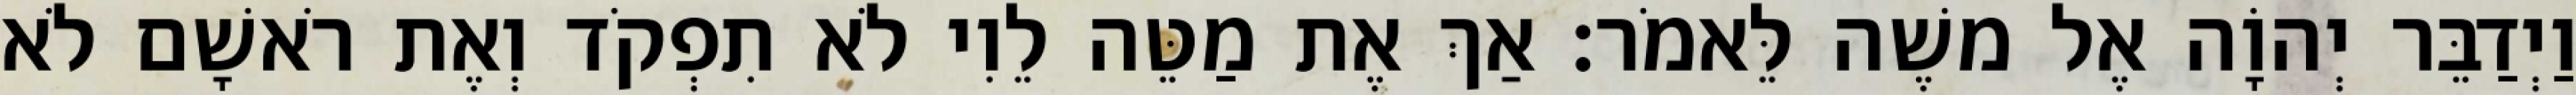
וַיְדַבֵּר יְהוָֹה אֶל משֶׁה לֵּאמֹר׃ אַךְ אֶת מַטֵּה לֵוִי לֹא תִפְקֹד וְאֶת רֹאשָׁם לֹא